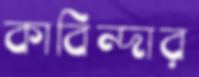
কাবিন্দার